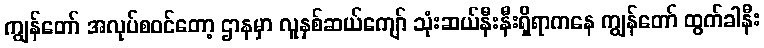
ကျွန်တော် အလုပ်စဝင်တော့ ဌာနမှာ လူနှစ်ဆယ်ကျော် သုံးဆယ်နီးနီးရှိရာကနေ ကျွန်တော် ထွက်ခါနီး